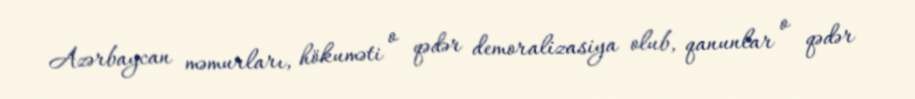
Azərbaycan məmurları, hökuməti o qədər demoralizasiya olub, qanunlar o qədər